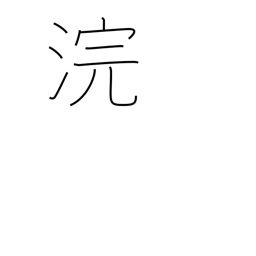
Meaning: wash